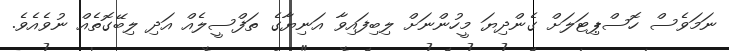
ނަމަވެސް ހޮސްޕިޓަލަށް ގެންދިޔަ މީހުންނަށް ލިބިފައިވާ އަނިޔާގެ ތަފްސީލެއް އަދި ލިބޭގޮތެއް ނުވެއެވެ.